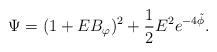
LaTeX: \begin{align*}\Psi = (1+E B_\varphi)^2 + \frac{1}{2} E^2 e^{-4\tilde{\phi}}.\end{align*}